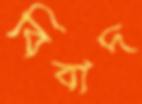
বিবাদ